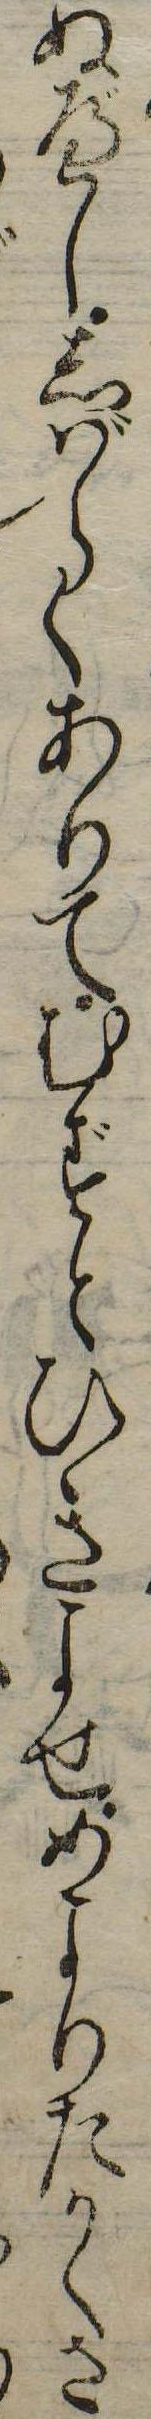
ぬべししばらくありてむずとひきよせめよりたかくさ